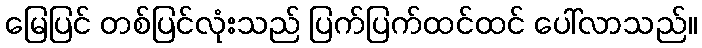
မြေပြင် တစ်ပြင်လုံးသည် ပြက်ပြက်ထင်ထင် ပေါ်လာသည်။